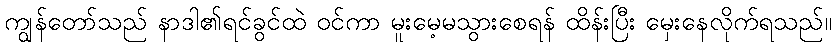
ကျွန်တော်သည် နာဒါ၏ရင်ခွင်ထဲ ဝင်ကာ မူးမေ့မသွားစေရန် ထိန်းပြီး မှေးနေလိုက်ရသည်။